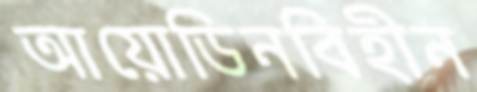
আয়োডিনবিহীন